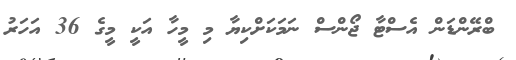
ބްރޭންޑަން އެސްޓާ ޖޯންސް ނަމަކަށްކިޔާ މި މީހާ އަކީ މީގެ 36 އަހަރު